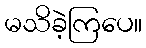
မသိခဲ့ကြပေ။